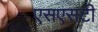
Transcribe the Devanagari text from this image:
एसएसटी